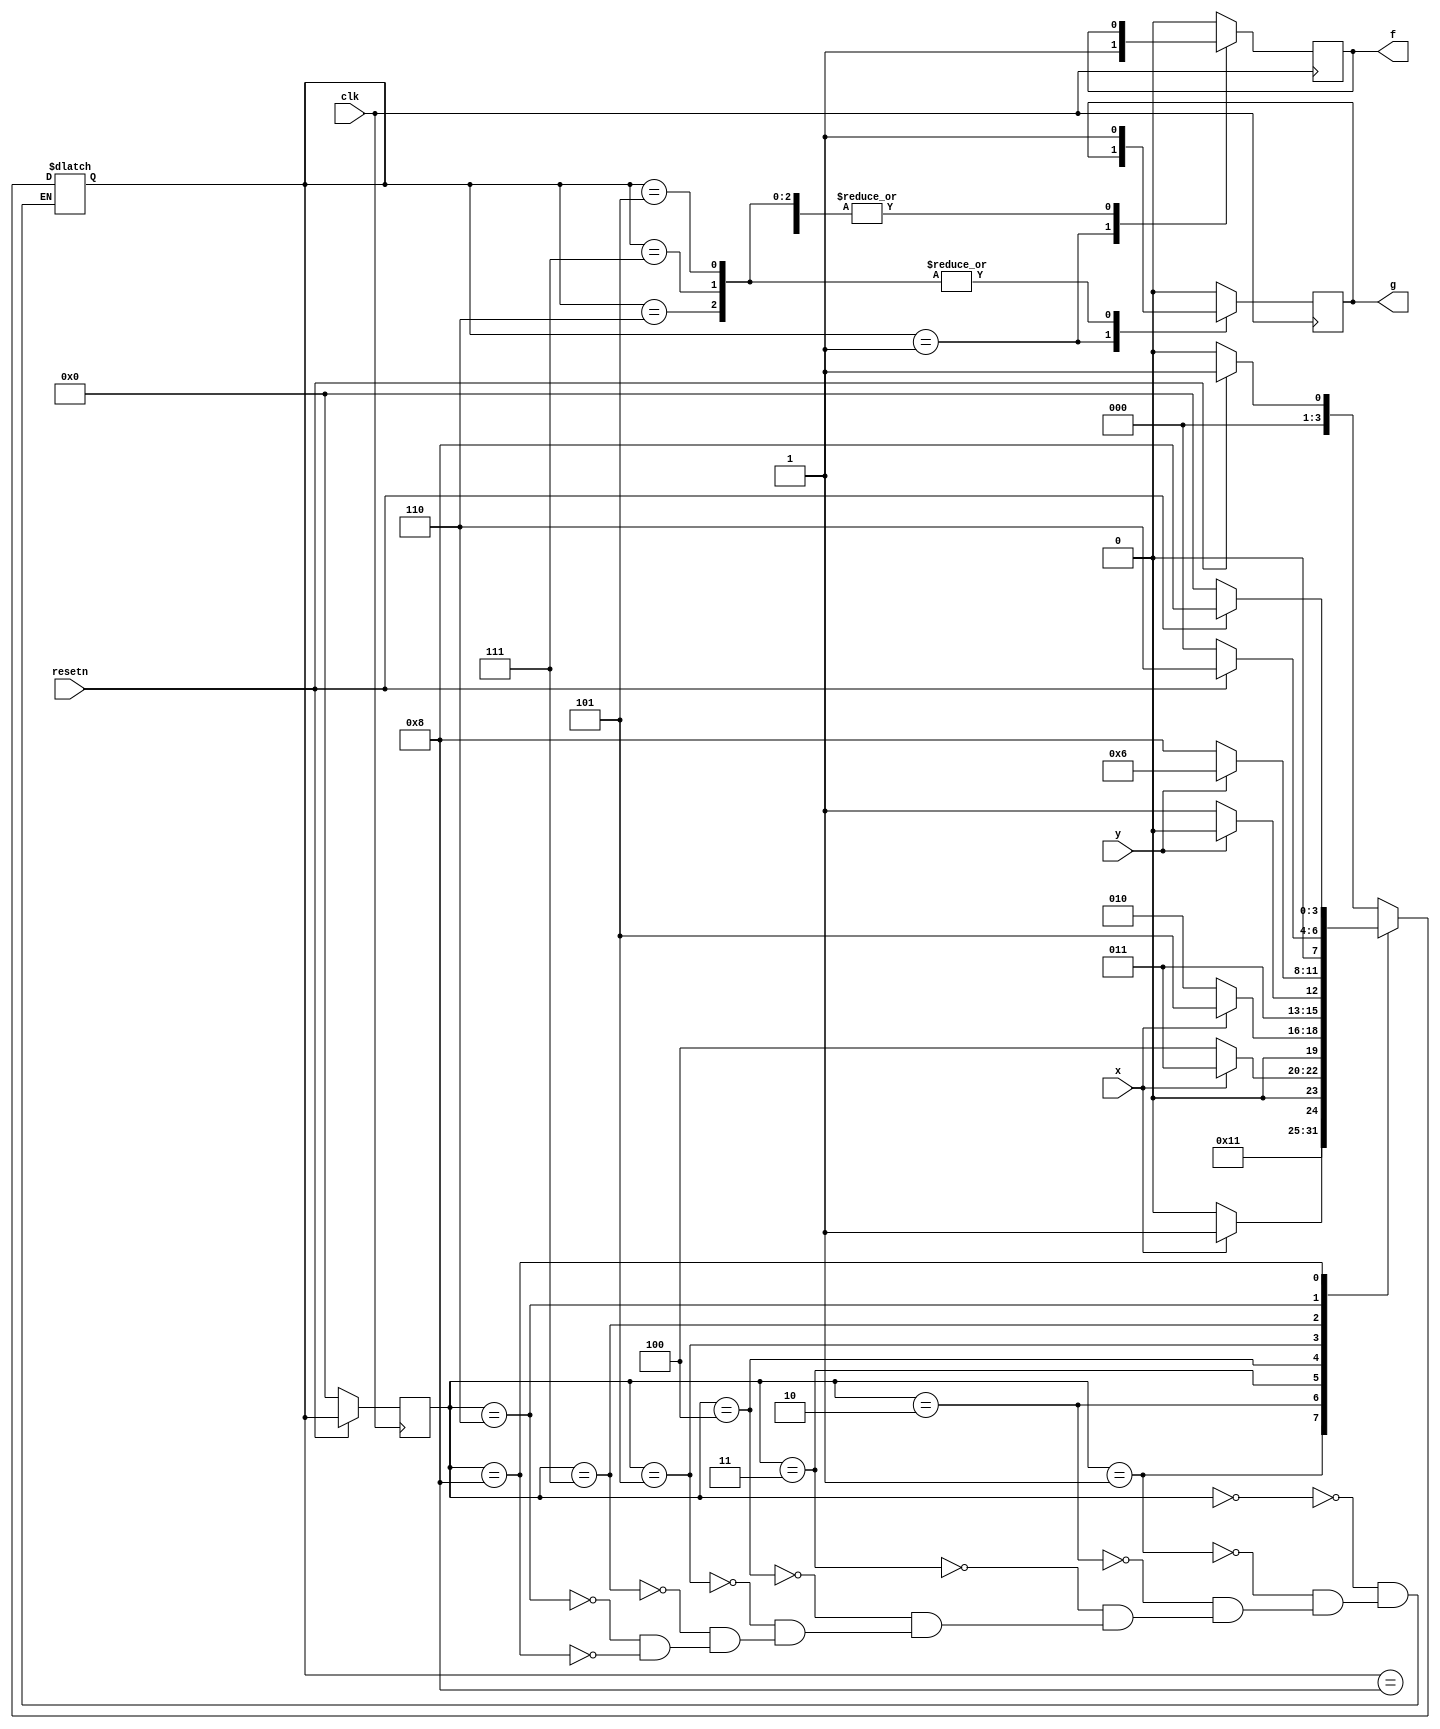
// This program was cloned from: https://github.com/matthewdelorenzo/CreativEval
// License: BSD 3-Clause "New" or "Revised" License

module top_module (
    input clk,
    input resetn,    // active-low synchronous reset
    input x,
    input y,
    output reg f,
    output reg g
); 

    parameter A=4'd0, f1=4'd1, tmp0=4'd2, tmp1=4'd3, tmp2=4'd4, g1=4'd5, g1p=4'd6, tmp3=4'd7, g0p=4'd8;
    reg [3:0] state, next_state;
    
    always@(*) begin
        case(state)
            A: begin
                if(resetn) 
                    next_state = f1;
                else
                    next_state = A;
            end
            f1:     next_state = tmp0;
            tmp0: begin
                if(x)
                    next_state = tmp1;
                else
                    next_state = tmp0;
            end
            tmp1: begin
                if(~x)
                    next_state = tmp2;
                else
                    next_state = tmp1;
            end
            tmp2: begin
                if(x)
                    next_state = g1;
                else
                    next_state = tmp0;
            end
            g1: begin
                if(y)
                    next_state = g1p;
                else
                    next_state = tmp3;
            end
            tmp3: begin
                if(y)
                    next_state = g1p;
                else
                    next_state = g0p;
            end
            g1p: begin
                if(~resetn)
                    next_state = A;
                else
                    next_state = g1p;
            end
            g0p: begin
                if(~resetn)
                    next_state = A;
                else
                    next_state = g0p;
            end
        endcase
    end
    
    always@(posedge clk) begin
        if(~resetn)
            state <= A;
        else
            state <= next_state;
    end
    
    always@(posedge clk) begin
        case(next_state)
            f1:     f <= 1'b1;
            g1,
            tmp3,
            g1p:    g <= 1'b1;
            g0p:    g <= 1'b0;
            default: begin
                    f <= 1'b0;
                    g <= 1'b0;
            end
        endcase
    end

endmodule